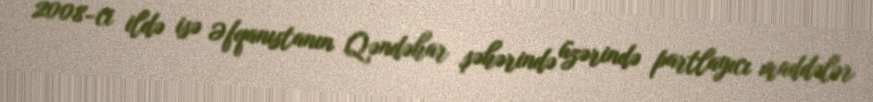
2008-ci ildə isə Əfqanıstanın Qəndəhar şəhərində üzərində partlayıcı maddələr